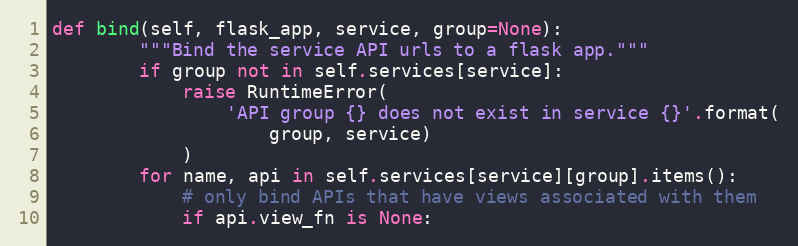
Language: Python
def bind(self, flask_app, service, group=None):
        """Bind the service API urls to a flask app."""
        if group not in self.services[service]:
            raise RuntimeError(
                'API group {} does not exist in service {}'.format(
                    group, service)
            )
        for name, api in self.services[service][group].items():
            # only bind APIs that have views associated with them
            if api.view_fn is None: